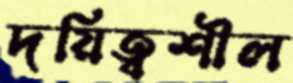
দয়িত্বশীল